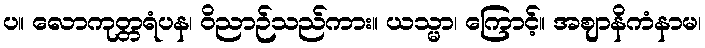
ပ။ လောကုတ္တရံပန၊ ဝိညာဉ်သည်ကား။ ယသ္မာ၊ ကြောင့်။ အဈာနိကံနာမ၊